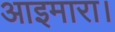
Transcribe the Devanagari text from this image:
आइमारा।